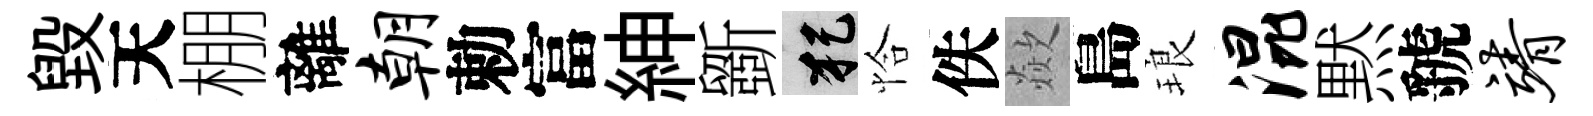
毀天棚離朝勅富紳斵犯恰佚歘島琅混黙虢靖